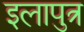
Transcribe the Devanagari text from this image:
इलापुत्र